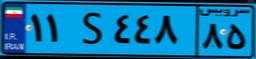
۱۱S۴۴۸۸۵